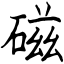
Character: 磁